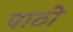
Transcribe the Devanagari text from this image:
पाठो